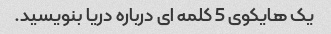
یک هایکوی 5 کلمه ای درباره دریا بنویسید.